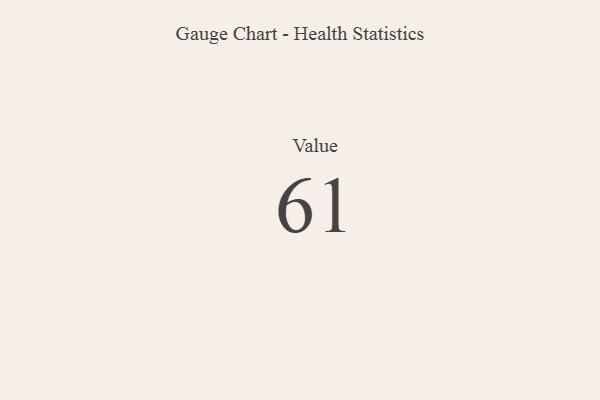
{"axis": {"x": "Metric", "y": "Value"}, "legend": [""], "data": [{"x": "Value", "y": 61, "type": ""}]}